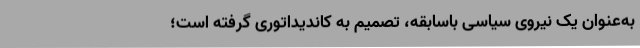
به‌عنوان یک نیروی سیاسی باسابقه، تصمیم‌ به کاندیداتوری گرفته است؛